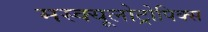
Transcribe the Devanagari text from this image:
मस्क्यूलोट्रोपिक्स